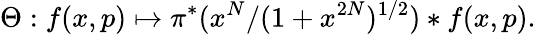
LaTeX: \Theta:f(x,p)\mapsto\pi^{*}(x^{N}/(1+x^{2N})^{{1/2}})*f(x,p).